Annual report of the Imperial Bacteriologist
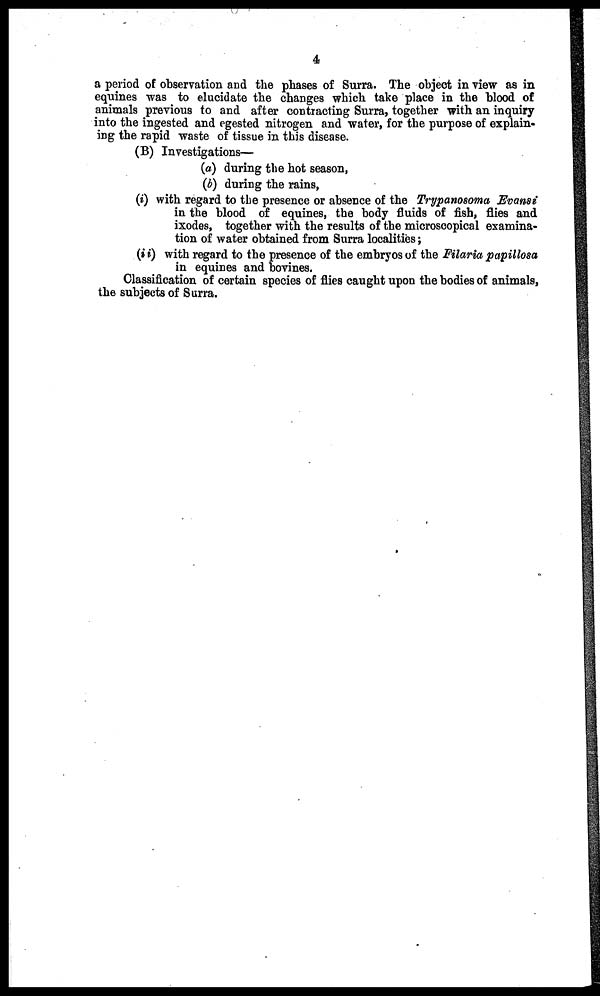
4
a period of observation and the phases of Surra. The object in view as in
equines was to elucidate the changes which take place in the blood of
animals previous to and after contracting Surra, together with an inquiry
into the ingested and egested nitrogen and water, for the purpose of explain-
ing the rapid waste of tissue in this disease.
(B) Investigations—
(a) during the hot season,
(b) during the rains,
(i) with regard to the presence or absence of the Trypanosoma Evansi
in the blood of equines, the body fluids of fish, flies and
ixodes, together with the results of the microscopical examina-
tion of water obtained from Surra localities;
(ii) with regard to the presence of the embryos of the Filaria papillosa
in equines and bovines.
Classification of certain species of flies caught upon the bodies of animals,
the subjects of Surra.